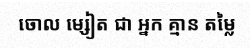
ចោល ម្សៀត ជា អ្នក គ្មាន តម្លៃ